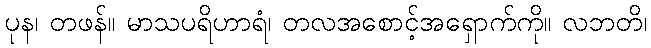
ပုန၊ တဖန်။ မာသပရိဟာရံ၊ တလအစောင့်အရှောက်ကို။ လဘတိ၊